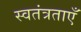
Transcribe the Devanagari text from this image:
स्वतंत्रताएँ